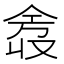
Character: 𫢿